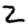
Digit: 2